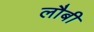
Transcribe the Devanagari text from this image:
लौबी